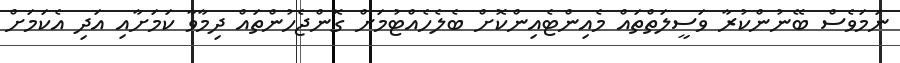
ނަމަވެސް ބޭނުންކުރާ ވަސީލަތްތައް މެެއިންޓެއިންކޮށް ބެލެހެއްޓުމަށް ގޮންޖެހުންތައް ދިމާވާ ކަމަށާއި އަދި އެކަމަށް